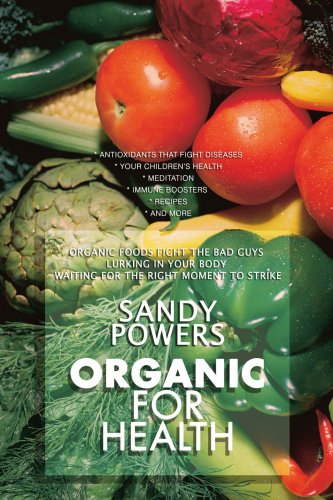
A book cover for Organic for Health; Sandy Powers; Health, Fitness & Dieting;